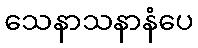
သေနာသနာနံပေ